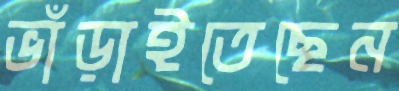
ভাঁড়াইতেছেন